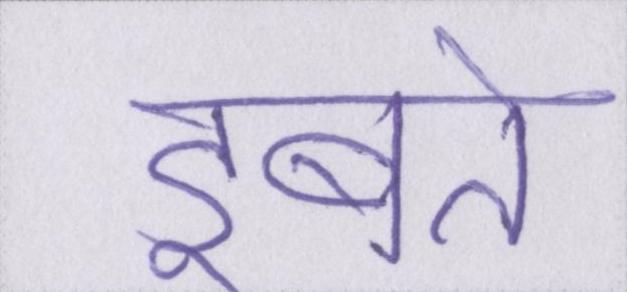
डूबते